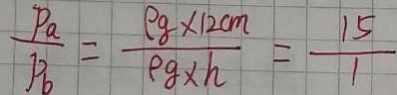
\frac { P _ { a } } { F _ { 6 } } = \frac { \rho g \times 1 2 c m } { \rho g \times h } = \frac { 1 5 } { 1 }